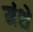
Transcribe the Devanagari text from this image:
मंशे